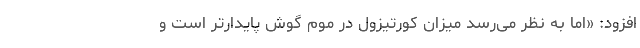
افزود: «اما به نظر می‌رسد میزان کورتیزول در موم گوش پایدارتر است و